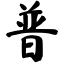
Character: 普